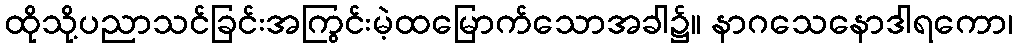
ထိုသို့ပညာသင်ခြင်းအကြွင်းမဲ့ထမြောက်သောအခါ၌။ နာဂသေနောဒါရကော၊